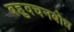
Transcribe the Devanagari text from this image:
बहुवचनबोध